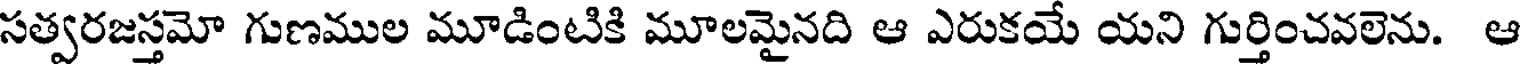
సత్వరజస్తమో గుణముల మూడింటికి మూలమైనది ఆ ఎరుకయే యని గుర్తించవలెను. ఆ